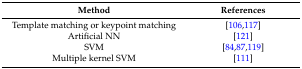
<table><thead><tr><td><b>Method</b></td><td><b>References</b></td></tr></thead><tbody><tr><td>Template matching or keypoint matching</td><td>[106,117]</td></tr><tr><td>Artificial NN</td><td>[121]</td></tr><tr><td>SVM</td><td>[84,87,119]</td></tr><tr><td>Multiple kernel SVM</td><td>[111]</td></tr></tbody></table>